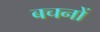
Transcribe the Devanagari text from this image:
बचनों